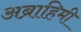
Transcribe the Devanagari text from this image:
अब्राहिमी